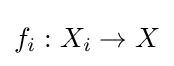
f_{i}:X_{i}\to X